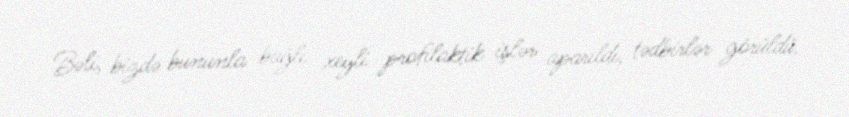
Bəli, bizdə bununla bağlı xeyli profilaktik işlər aparıldı, tədbirlər görüldü.